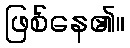
ဖြစ်နေ၏။